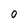
Character: 0